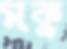
মকু